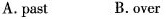
A.past B.Over